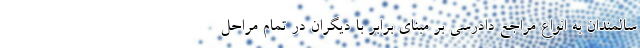
سالمندان به انواع مراجع دادرسی بر مبنای برابر با دیگران در تمام مراحل